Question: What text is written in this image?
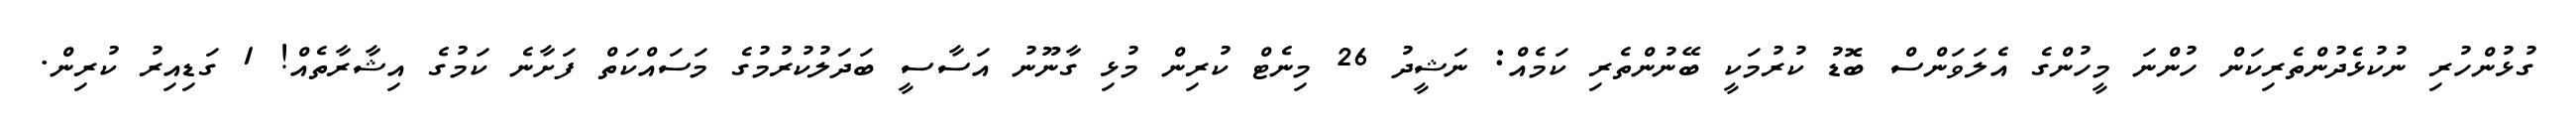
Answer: ގުޅުންހުރި ނުކުޅެދުންތެރިކަން ހުންނަ މީހުންގެ އެލަވަންސް ބޮޑު ކުރުމަކީ ބޭނުންތެރި ކަމެއް: ނަޝީދު 26 މިނެޓް ކުރިން މުޅި ގާނޫނު އަސާސީ ބަދަލުކުރުމުގެ މަސައްކަތް ފަށާނެ ކަމުގެ އިޝާރާތެއް! 1 ގަޑިއިރު ކުރިން.